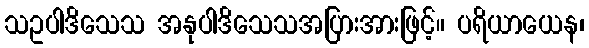
သဥပါဒိသေသ အနုပါဒိသေသအပြားအားဖြင့်။ ပရိယာယေန၊